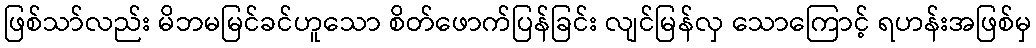
ဖြစ်သာ်လည်း မိဘမမြင်ခင်ဟူသော စိတ်ဖောက်ပြန်ခြင်း လျင်မြန်လှ သောကြောင့် ရဟန်းအဖြစ်မှ